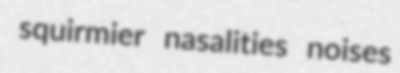
squirmier nasalities noises